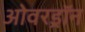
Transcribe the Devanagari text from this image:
ओवरड्रॉन